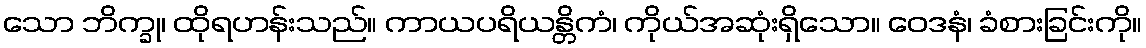
သော ဘိက္ခု၊ ထိုရဟန်းသည်။ ကာယပရိယန္တိကံ၊ ကိုယ်အဆုံးရှိသော။ ဝေဒနံ၊ ခံစားခြင်းကို။